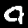
Label: 4